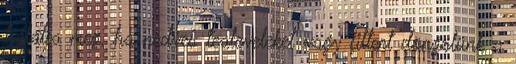
hálálja meg, ha nedves tealeveleket vagy filtert döngölünk a